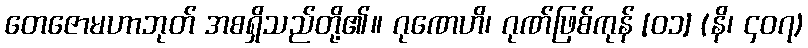
တေဇောမဟာဘုတ် အစရှိသည်တို့၏။ ဂုဏေဟိ၊ ဂုဏ်ဖြစ်ကုန် [၀၁] (နိ၊ ၄၀၇)